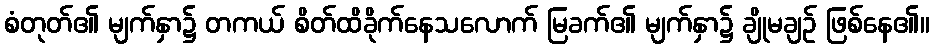
စံတုတ်၏ မျက်နှာ၌ တကယ် စိတ်ထိခိုက်နေသလောက် မြခက်၏ မျက်နှာ၌ ချိုမချဉ် ဖြစ်နေ၏။